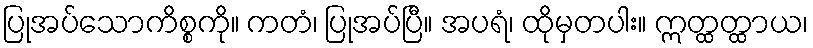
ပြုအပ်သောကိစ္စကို။ ကတံ၊ ပြုအပ်ပြီ။ အပရံ၊ ထိုမှတပါး။ ဣတ္ထတ္ထာယ၊